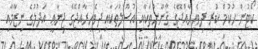
ކޯޓުން ހުކުމް ކުރީ ދިވެހިރާއްޖޭގެ ޤާނޫނުތަކާއި އުސޫލުތަކާއި ދިވެހިރާއްޖޭގެ ޖިނާޢީ އަދުލުގެ ނިޒާމާއި